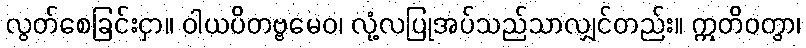
လွတ်စေခြင်းငှာ။ ဝါယပိတဗ္ဗမေဝ၊ လုံ့လပြုအပ်သည်သာလျှင်တည်း။ ဣတိဝတွာ၊